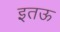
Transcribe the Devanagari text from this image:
इतऊ